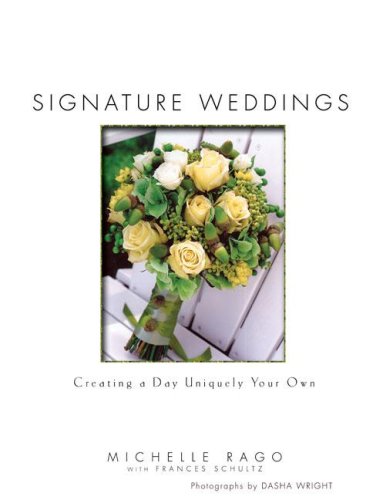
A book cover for Signature Weddings: Creating a Day Uniquely Your Own; Michelle Rago; Crafts, Hobbies & Home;